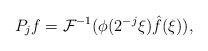
LaTeX: \begin{align*}P_{j} f = \mathcal F^{-1} (\phi(2^{-j} \xi) \hat{f}(\xi)),\end{align*}